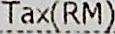
TAX(RM)